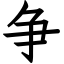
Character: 争